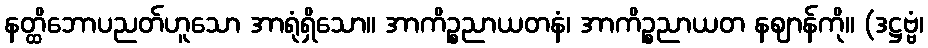
နတ္ထိဘောပညတ်ဟူသော အာရုံရှိသော။ အာကိဉ္စညာယတနံ၊ အာကိဉ္စညာယတ နဈာန်ကို။ (ဒဋ္ဌဗ္ဗံ၊